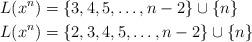
LaTeX: \begin{align*} L(x^n) &=\{3, 4, 5, \ldots, n-2\}\cup \{n\} \\ L(x^n) &=\{2, 3, 4, 5, \ldots, n-2\}\cup \{n\} \end{align*}